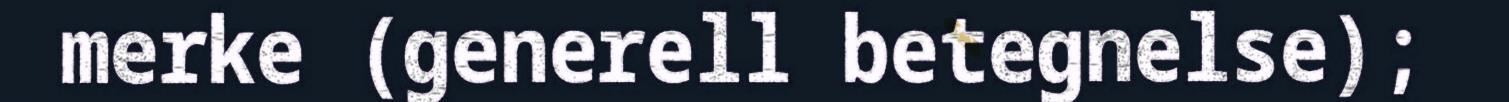
merke (generell betegnelse);